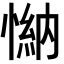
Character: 𢟕